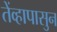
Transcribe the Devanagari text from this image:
तेंव्हापासुन